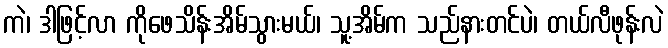
ကဲ၊ ဒါဖြင့်လာ ကိုဖေသိန်းအိမ်သွားမယ်၊ သူ့အိမ်က သည်နားတင်ပဲ၊ တယ်လီဖုန်းလဲ